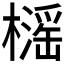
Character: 𱤤